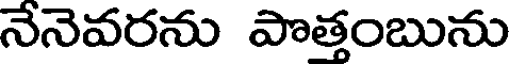
నెనెవరను పొత్తంబును